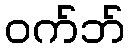
ဝက်ဘ်